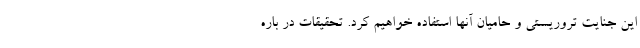
این جنایت تروریستی و حامیان آنها استفاده خواهیم کرد. تحقیقات در باره